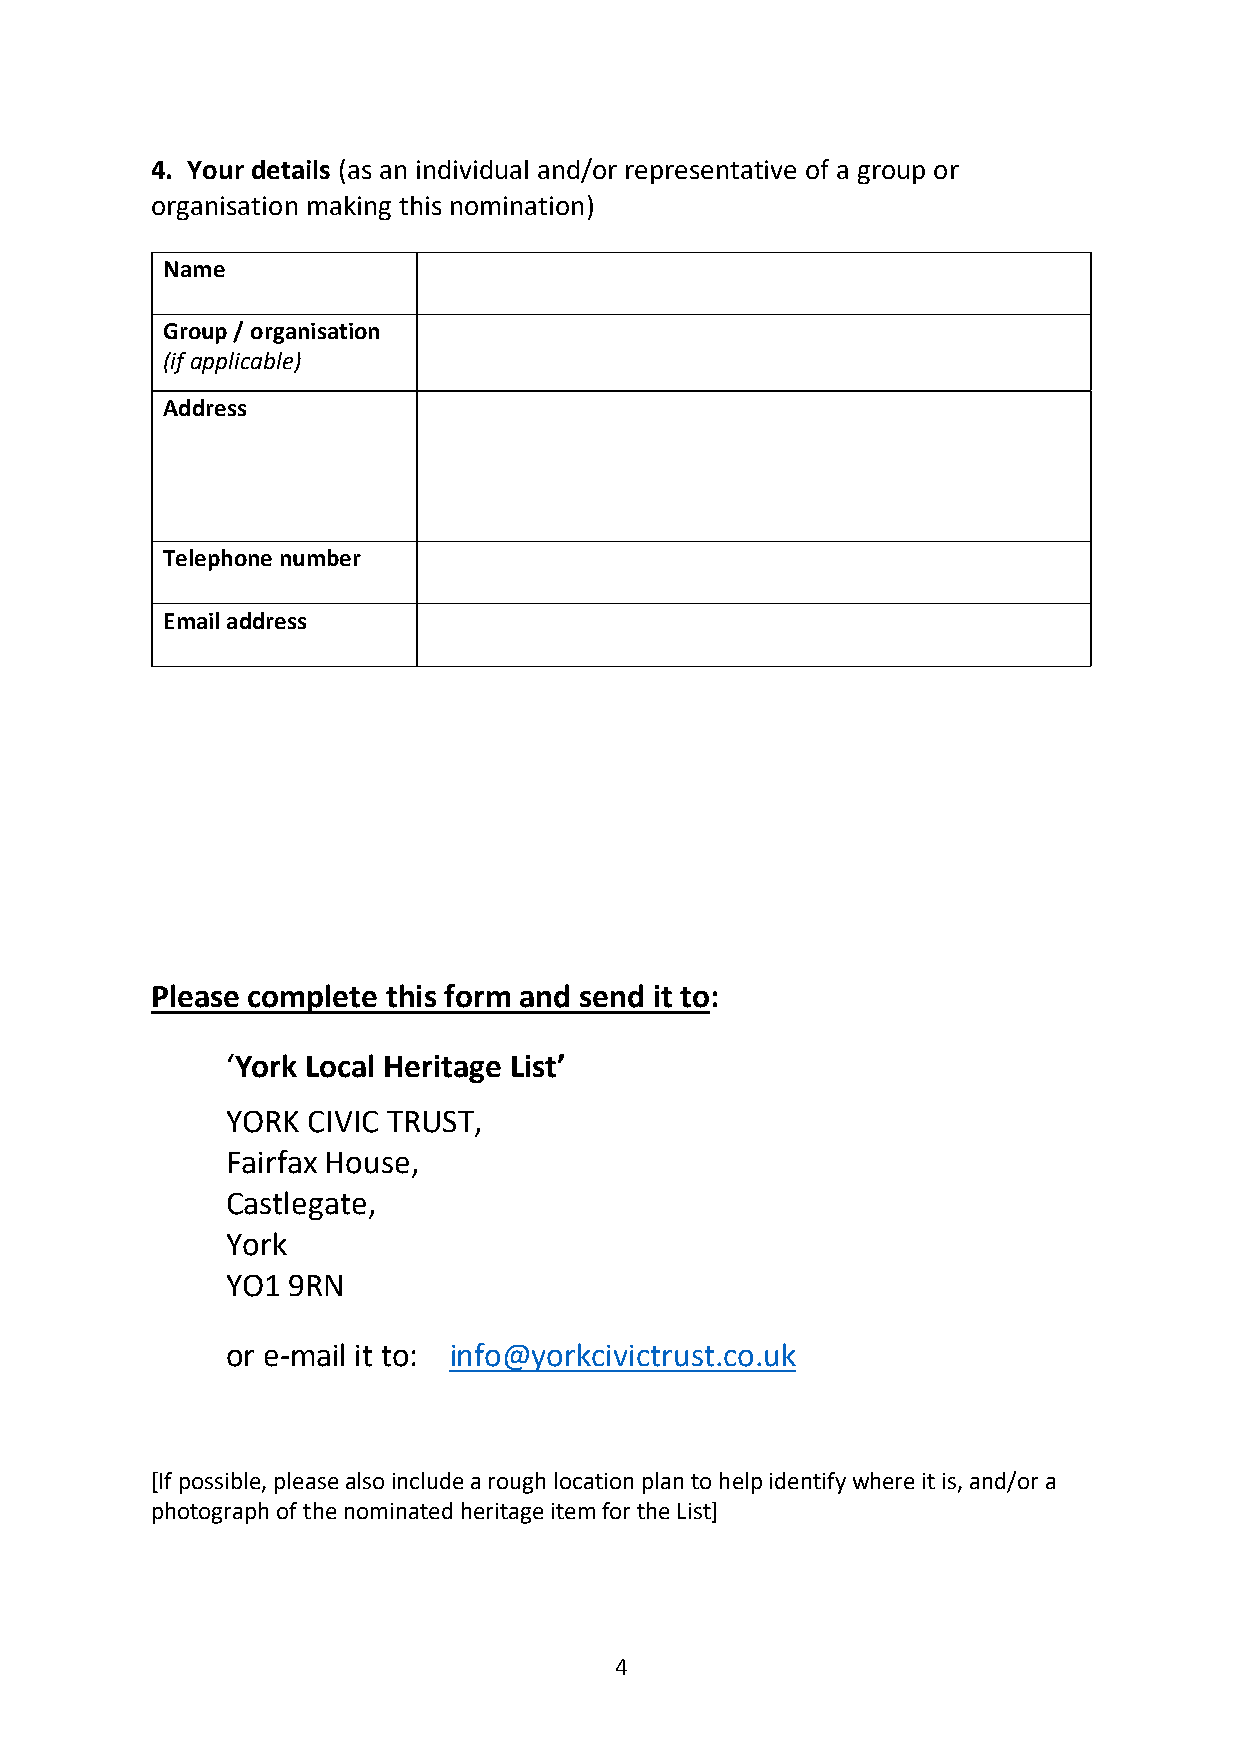
4. Your details (as an individual and/or representative of a group or
 organisation making this nomination)
 Name
 Group / organisation
 (if applicable)
 Address
 Telephone number
 Email address
 Please complete this form and send it to:
 ‘York Local Heritage List’
 YORK CIVIC TRUST,
 Fairfax House,
 Castlegate,
 York
 YO1 9RN
 or e-mail it to: info@yorkcivictrust.co.uk
 [If possible, please also include a rough location plan to help identify where it is, and/or a
 photograph of the nominated heritage item for the List]
 4